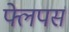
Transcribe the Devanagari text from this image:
फ्लेपर्स